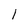
Character: 1